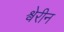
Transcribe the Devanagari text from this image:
श्वेरीन